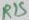
Text: R1